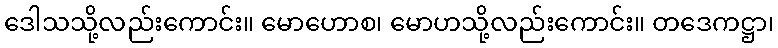
ဒေါသသို့လည်းကောင်း။ မောဟောစ၊ မောဟသို့လည်းကောင်း။ တဒေကဋ္ဌာ၊